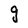
Character: g